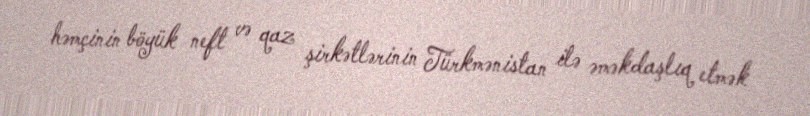
həmçinin böyük neft və qaz şirkətlərinin Türkmənistan ilə əməkdaşlıq etmək